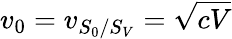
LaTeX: v_{0}=v_{S_{0}/S_{V}}=\sqrt{cV}